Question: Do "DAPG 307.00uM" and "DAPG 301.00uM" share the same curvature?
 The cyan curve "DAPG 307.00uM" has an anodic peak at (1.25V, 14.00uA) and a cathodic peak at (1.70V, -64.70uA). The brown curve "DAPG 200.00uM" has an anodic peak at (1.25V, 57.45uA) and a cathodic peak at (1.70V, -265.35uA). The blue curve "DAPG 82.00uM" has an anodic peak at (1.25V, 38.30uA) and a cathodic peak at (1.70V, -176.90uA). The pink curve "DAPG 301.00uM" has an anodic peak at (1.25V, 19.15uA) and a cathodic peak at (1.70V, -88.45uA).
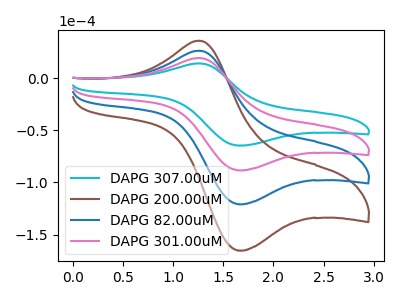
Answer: <think>All the peaks in "DAPG 307.00uM" have a peak in "DAPG 301.00uM" at the same potential. Every peak in "DAPG 307.00uM" is lower than every peak in "DAPG 301.00uM".
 </think>
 <answer>"DAPG 307.00uM" and "DAPG 301.00uM" are similar in shape.</answer>
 <eval>same_shape</eval>